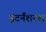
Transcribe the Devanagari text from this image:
इंटर्नॅशनल्